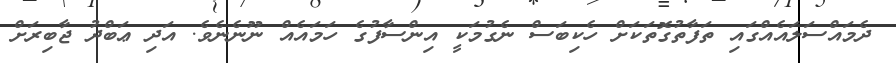
ދެމައްސަލައެއްގައި ތަފާތުގޮތަކަށް ހެކިބަސް ނެގުމަކީ އިންސާފުގެ ހަމައެއް ނޫނެނެވެ. އަދި ޢަބްދު ޖާބިރަށް